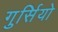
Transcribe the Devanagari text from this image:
गुर्सियो